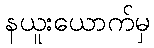
နယူးယောက်မှ